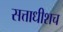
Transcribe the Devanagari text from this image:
सत्ताधीशच